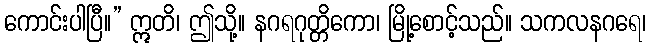
ကောင်းပါပြီ။” ဣတိ၊ ဤသို့။ နဂရဂုတ္တိကော၊ မြို့စောင့်သည်။ သကလနဂရေ၊